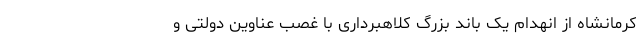
کرمانشاه از انهدام یک باند بزرگ کلاهبرداری با غصب عناوین دولتی و